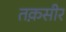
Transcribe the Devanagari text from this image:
तक़सीर